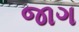
જાગ